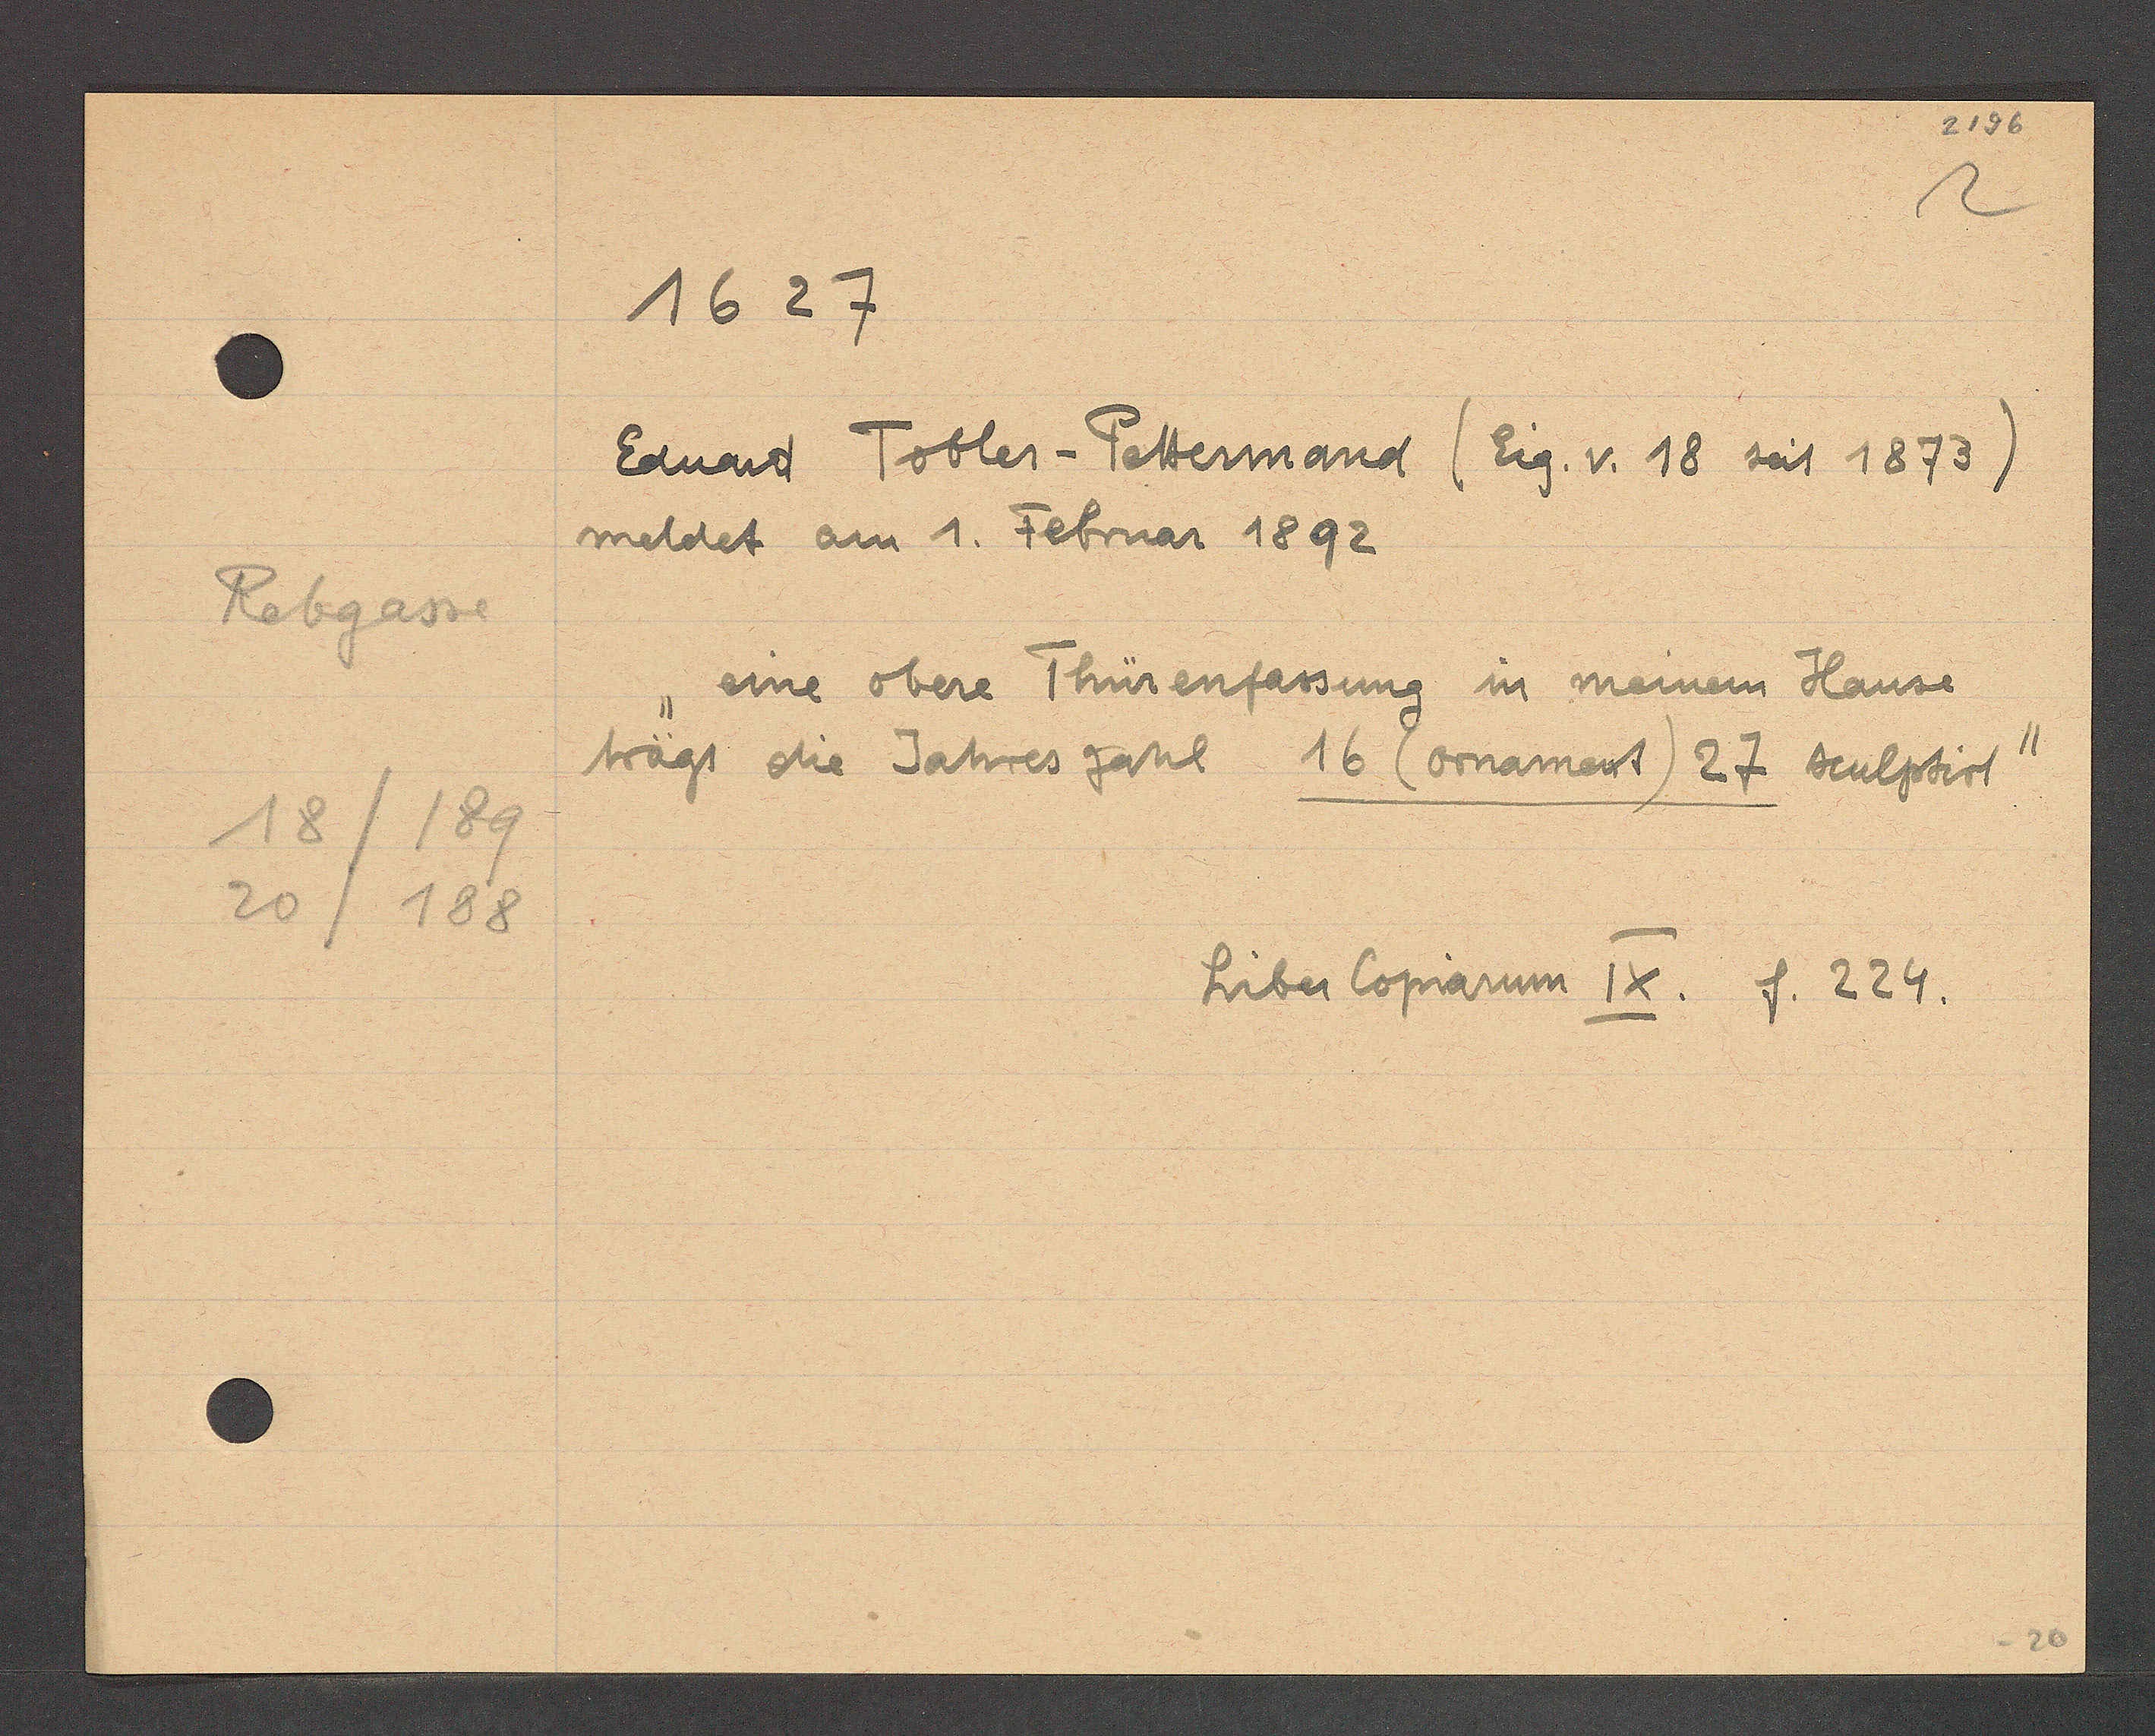
Transcript:
Rebgasse

18/189
20/188

1627

Eduard Tobler-Pettermand (Eig. v. 18 seit 1873)
meldet am 1. Februar 1892
eine obere Thürenfassung in meinem Hause
trägt die Jahres zahl 16 (ornament) 27 sculptirt

Liber Copiarum IX. S. 224.